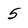
Character: 5